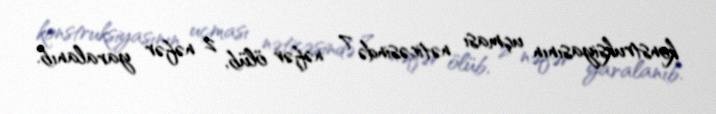
konstruksiyasının uçması nəticəsində 7 nəfər ölüb, 2 nəfər yaralanıb.